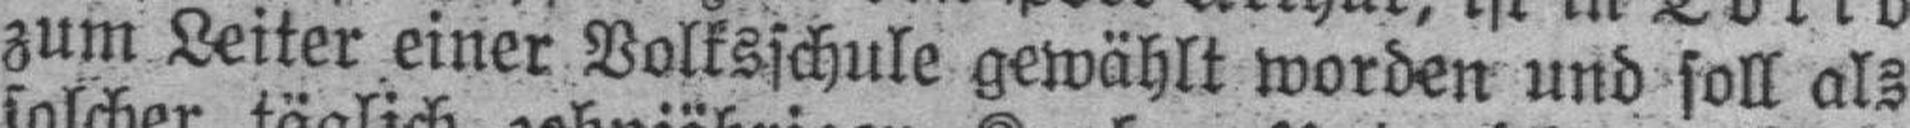
zum Leiter einer Volksschule gewählt worden und soll als